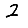
Digit: 2